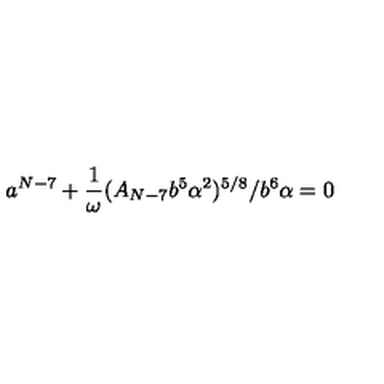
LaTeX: a ^ { N - 7 } + \frac { 1 } { \omega } ( A _ { N - 7 } b ^ { 5 } \alpha ^ { 2 } ) ^ { 5 / 8 } / b ^ { 6 } \alpha = 0